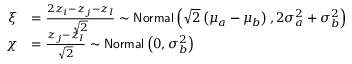
\begin{array} { r l } { \xi } & { = \frac { 2 z _ { i } - z _ { j } - z _ { l } } { \sqrt 2 } \sim \mathsf { N o r m a l } \left( \sqrt 2 \left( \mu _ { a } - \mu _ { b } \right) , 2 \sigma _ { a } ^ { 2 } + \sigma _ { b } ^ { 2 } \right) } \\ { \chi } & { = \frac { z _ { j } - z _ { l } } { \sqrt 2 } \sim \mathsf { N o r m a l } \left( 0 , \sigma _ { b } ^ { 2 } \right) } \end{array}